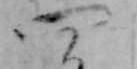
四